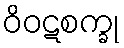
ဝိဝဋစက္ခု